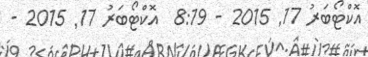
އޮކްޓޯބަރު 17